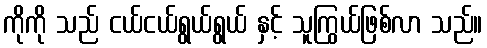
ကိုကို သည် ငယ်ငယ်ရွယ်ရွယ် နှင့် သူကြွယ်ဖြစ်လာ သည်။